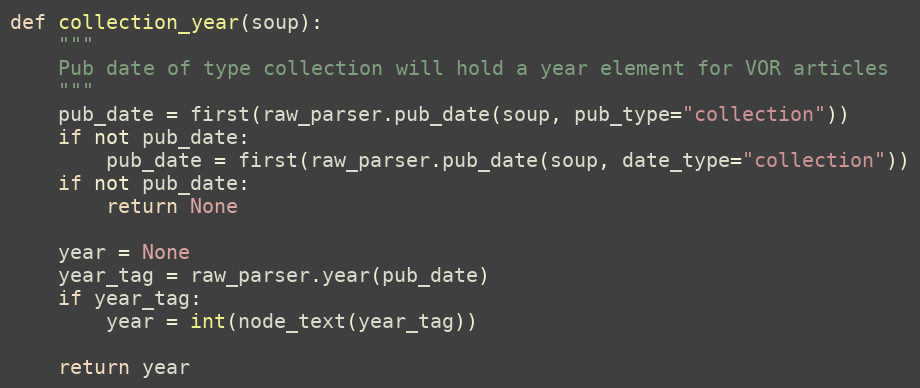
Language: Python
def collection_year(soup):
    """
    Pub date of type collection will hold a year element for VOR articles
    """
    pub_date = first(raw_parser.pub_date(soup, pub_type="collection"))
    if not pub_date:
        pub_date = first(raw_parser.pub_date(soup, date_type="collection"))
    if not pub_date:
        return None

    year = None
    year_tag = raw_parser.year(pub_date)
    if year_tag:
        year = int(node_text(year_tag))

    return year